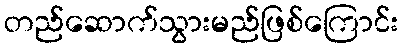
တည်ဆောက်သွားမည်ဖြစ်ကြောင်း